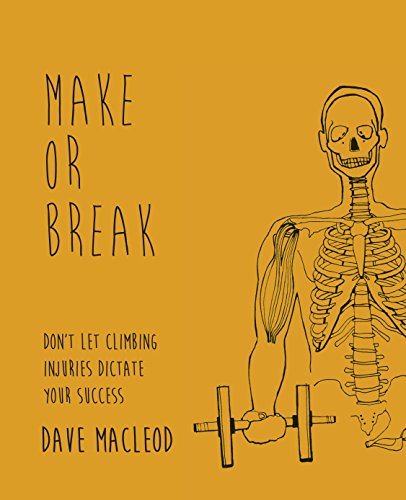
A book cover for Make or Break: Don't Let Climbing Injuries Dictate Your Success; Dave MacLeod; Medical Books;